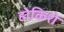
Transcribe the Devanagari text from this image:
होकिशे